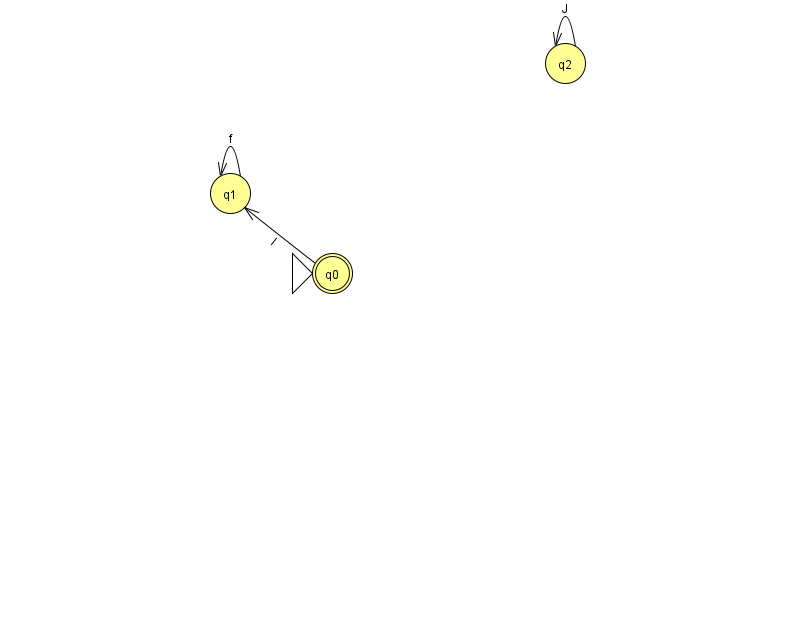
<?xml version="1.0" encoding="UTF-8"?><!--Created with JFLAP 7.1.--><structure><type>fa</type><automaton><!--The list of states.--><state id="0" name="q0"><x>332.0</x><y>260.0</y><initial/><final/></state><state id="1" name="q1"><x>230.0</x><y>180.0</y></state><state id="2" name="q2"><x>565.0</x><y>50.0</y></state><!--The list of transitions.--><transition><from>0</from><to>1</to><read>l</read></transition><transition><from>1</from><to>1</to><read>f</read></transition><transition><from>2</from><to>2</to><read>J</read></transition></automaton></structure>